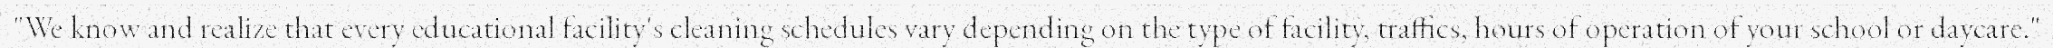
"We know and realize that every educational facility's cleaning schedules vary depending on the type of facility, traffics, hours of operation of your school or daycare."